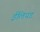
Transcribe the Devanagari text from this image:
ईलियड